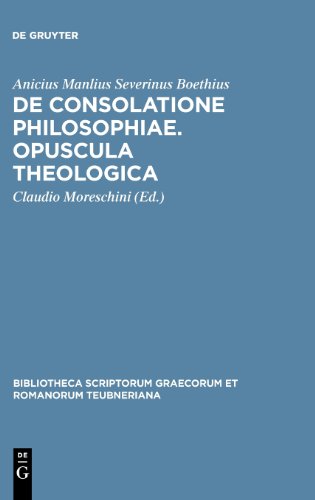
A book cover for Boethius: De consolatione philosophiae.: Opuscula theologica (Bibliotheca scriptorum Graecorum et Romanorum Teubneriana); Literature & Fiction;